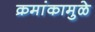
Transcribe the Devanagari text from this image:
क्रमांकामुळे